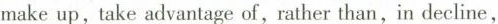
make up,take advantage of,rather than,in decline,